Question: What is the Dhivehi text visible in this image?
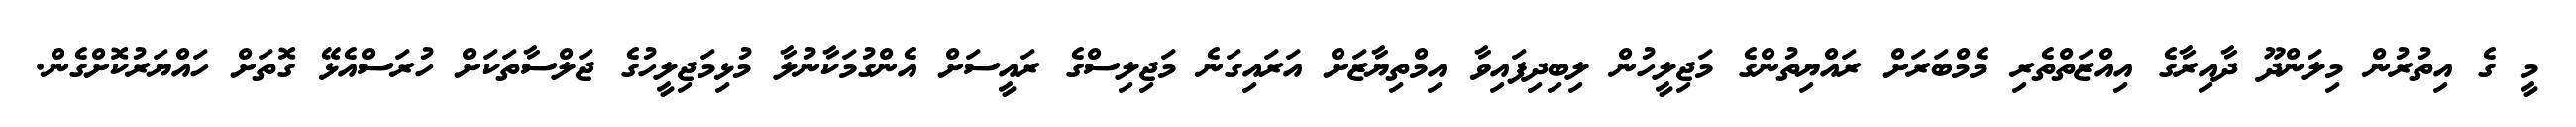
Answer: މީ ގެ އިތުރުން މިލަންދޫ ދާއިރާގެ އިއްޒަތްތެރި މެމްބަރަށް ރައްޔިތުންގެ މަޖިލީހުން ލިބިދިފައިވާ އިމްތިޔާޒަށް އަރައިގަނެ މަޖިލިސްގެ ރައީސަށް އެންގުމަކާނުލާ މުޅިމަޖިލީހުގެ ޖަލްސާތަކަށް ހުރަސްއެޅޭ ގޮތަށް ހައްޔަރުކޮށްގެން.